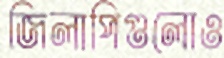
জিলাপিগুলোও